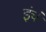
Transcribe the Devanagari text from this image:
इंचं